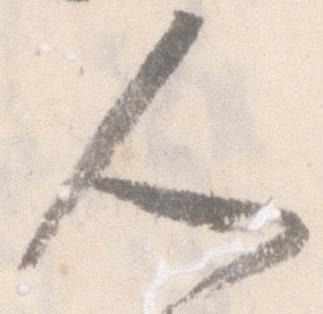
人